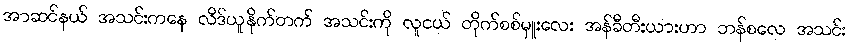
အာဆင်နယ် အသင်းကနေ လိဒ်ယူနိုက်တက် အသင်းကို လူငယ် တိုက်စစ်မှူးလေး အန်ခီတီးယားဟာ ဘန်စလေ အသင်း